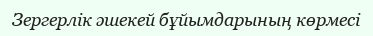
Зергерлік әшекей бұйымдарының көрмесі